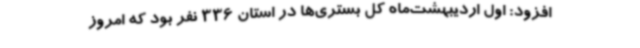
افزود: اول اردیبهشت‌ماه کل بستری‌ها در استان 336 نفر بود که امروز